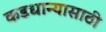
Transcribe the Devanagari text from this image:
कडधान्यासाठी